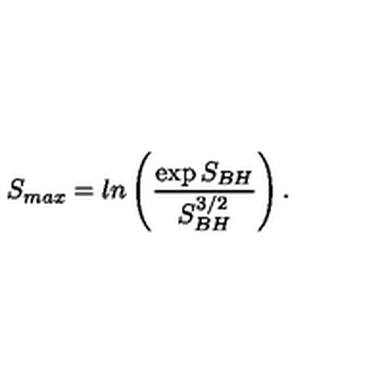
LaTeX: S _ { m a x } = l n \left( { \frac { \exp { S _ { B H } } } { S _ { B H } ^ { 3 / 2 } } } \right) .